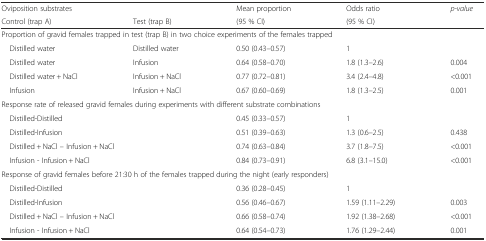
<table><thead><tr><td><b>Oviposition substrates</b></td><td></td><td><b>Mean proportion</b></td><td><b>Odds ratio</b></td><td rowspan="2"><b><i>p-value</i></b></td></tr><tr><td><b>Control (trap A)</b></td><td><b>Test (trap B)</b></td><td><b>(95 % CI)</b></td><td><b>(95 % CI)</b></td></tr></thead><tbody><tr><td colspan="5">Proportion of gravid females trapped in test (trap B) in two choice experiments of the females trapped</td></tr><tr><td> Distilled water</td><td>Distilled water</td><td>0.50 (0.43–0.57)</td><td>1</td><td></td></tr><tr><td> Distilled water</td><td>Infusion</td><td>0.64 (0.58–0.70)</td><td>1.8 (1.3–2.6)</td><td>0.004</td></tr><tr><td> Distilled water + NaCl</td><td>Infusion + NaCl</td><td>0.77 (0.72–0.81)</td><td>3.4 (2.4–4.8)</td><td>&lt;0.001</td></tr><tr><td> Infusion</td><td>Infusion + NaCl</td><td>0.67 (0.60–0.69)</td><td>1.8 (1.3–2.5)</td><td>0.001</td></tr><tr><td colspan="5">Response rate of released gravid females during experiments with different substrate combinations</td></tr><tr><td colspan="2"> Distilled-Distilled</td><td>0.45 (0.33–0.57)</td><td>1</td><td></td></tr><tr><td colspan="2"> Distilled-Infusion</td><td>0.51 (0.39–0.63)</td><td>1.3 (0.6–2.5)</td><td>0.438</td></tr><tr><td colspan="2"> Distilled + NaCl – Infusion + NaCl</td><td>0.74 (0.63–0.84)</td><td>3.7 (1.8–7.5)</td><td>&lt;0.001</td></tr><tr><td colspan="2"> Infusion - Infusion + NaCl</td><td>0.84 (0.73–0.91)</td><td>6.8 (3.1–15.0)</td><td>&lt;0.001</td></tr><tr><td colspan="5">Response of gravid females before 21:30 h of the females trapped during the night (early responders)</td></tr><tr><td colspan="2"> Distilled-Distilled</td><td>0.36 (0.28–0.45)</td><td>1</td><td></td></tr><tr><td colspan="2"> Distilled-Infusion</td><td>0.56 (0.46–0.67)</td><td>1.59 (1.11–2.29)</td><td>0.003</td></tr><tr><td colspan="2"> Distilled + NaCl – Infusion + NaCl</td><td>0.66 (0.58–0.74)</td><td>1.92 (1.38–2.68)</td><td>&lt;0.001</td></tr><tr><td colspan="2"> Infusion - Infusion + NaCl</td><td>0.64 (0.54–0.73)</td><td>1.76 (1.29–2.44)</td><td>0.001</td></tr></tbody></table>